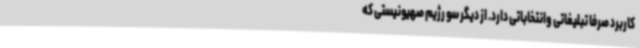
کاربرد صرفا تبلیغاتی وانتخاباتی دارد. از دیگر سو رژیم صهیونیستی که